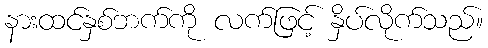
နားထင်နှစ်ဘက်ကို လက်ဖြင့် နှိပ်လိုက်သည်။